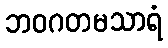
ဘဝဂတမသာရံ